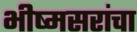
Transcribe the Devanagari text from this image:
भीष्मसरांचा